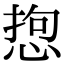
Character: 𢛑